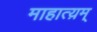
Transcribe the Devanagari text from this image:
माहात्य़म्